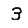
Digit: 3